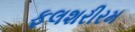
ફલશરીરમ